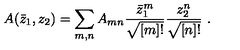
A ( \bar { z } _ { 1 } , z _ { 2 } ) = \sum _ { m , n } A _ { m n } \frac { \bar { z } _ { 1 } ^ { m } } { \sqrt { [ m ] ! } } \frac { z _ { 2 } ^ { n } } { \sqrt { [ n ] ! } } \ .